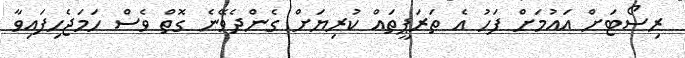
ރިސޯޓަށް އައުމަށް ފަހު އެ ތަރަޕީތައް ކުރިޔަށް ގެންދެވޭނެ ގޮތް ވެސް ހަމަޖެހިފައިވާ